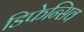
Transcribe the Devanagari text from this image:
डिफेन्सिव